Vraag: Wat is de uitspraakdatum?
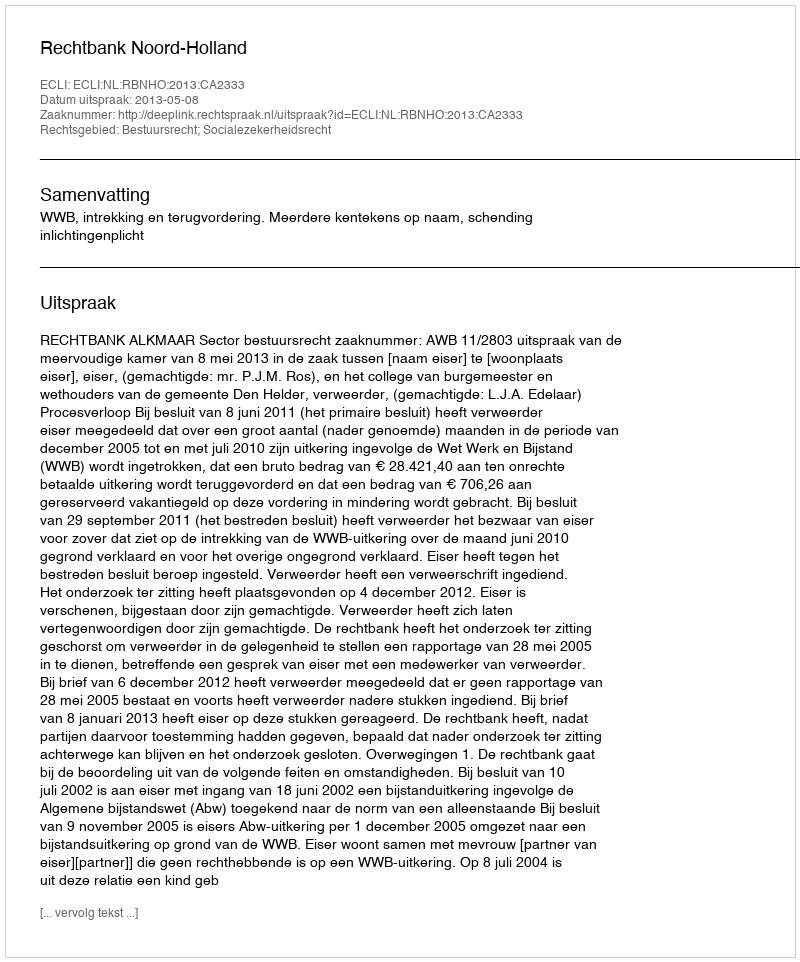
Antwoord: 2013-05-08